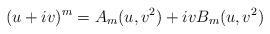
LaTeX: \begin{align*} (u+iv)^m=A_m(u,v^2)+ivB_m(u,v^2) \end{align*}